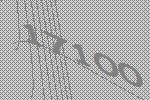
17100